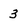
Character: 3